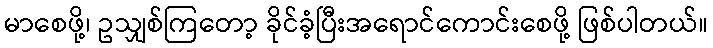
မာစေဖို့၊ ဥသျှစ်ကြတော့ ခိုင်ခံ့ပြီးအရောင်ကောင်းစေဖို့ ဖြစ်ပါတယ်။